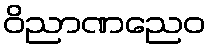
ဝိညာဏညေဝ